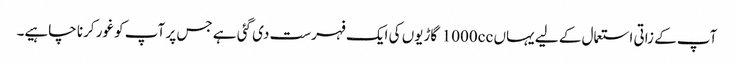
آپ کے زاتی استعمال کے لیے یہاں 1000cc گاڑیوں کی ایک فہرست دی گئی ہے جس پر آپ کو غور کرنا چاہیے۔